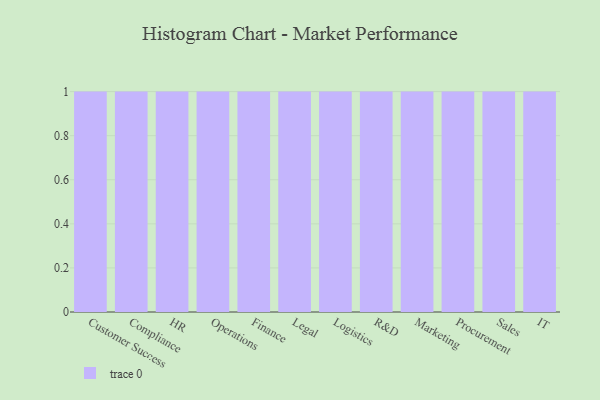
{"axis": {"x": "Department", "y": "Operating Costs (USD K)"}, "legend": [""], "data": [{"x": "Customer Success", "y": 19, "type": ""}, {"x": "Compliance", "y": 29, "type": ""}, {"x": "HR", "y": 91, "type": ""}, {"x": "Operations", "y": 84, "type": ""}, {"x": "Finance", "y": 89, "type": ""}, {"x": "Legal", "y": 18, "type": ""}, {"x": "Logistics", "y": 23, "type": ""}, {"x": "R&D", "y": 1, "type": ""}, {"x": "Marketing", "y": 55, "type": ""}, {"x": "Procurement", "y": 45, "type": ""}, {"x": "Sales", "y": 44, "type": ""}, {"x": "IT", "y": 74, "type": ""}]}